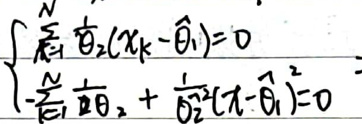
\[
\begin{cases}
\frac{\partial}{\partial \theta_2}(x_k - \hat{\theta}_1) = 0\\
-\frac{\partial}{\partial \theta_2} + \frac{\partial^2}{\partial \theta_2^2}(x - \hat{\theta}_1)^2 = 0
\end{cases}
\]